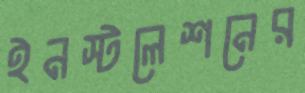
ইনস্টলেশনের